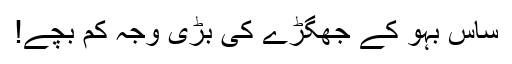
ساس بہو کے جھگڑے کی بڑی وجہ کم بچے!